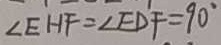
\angle E H F = \angle E D F = 9 0 ^ { \circ }